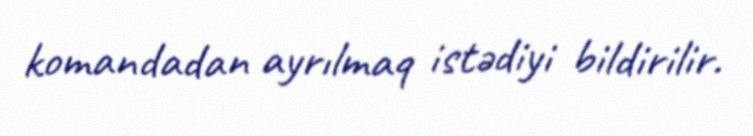
komandadan ayrılmaq istədiyi bildirilir.